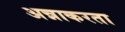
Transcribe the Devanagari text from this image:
अन्नाकरता